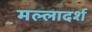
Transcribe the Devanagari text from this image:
मल्लादर्श